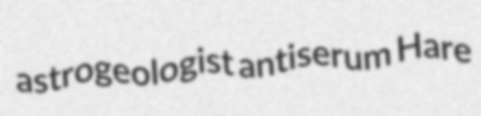
astrogeologist antiserum Hare